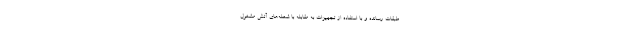
طبقات رسانده و با استفاده از تجهیزات به مقابله با شعله‌های آتش مشغول